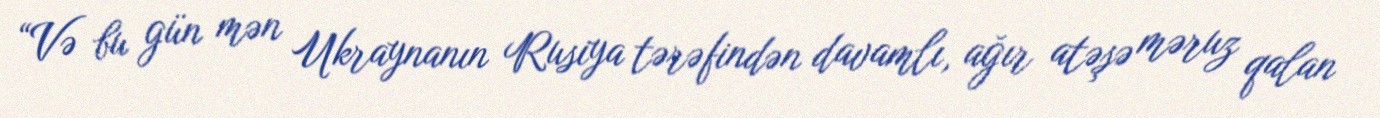
“Və bu gün mən Ukraynanın Rusiya tərəfindən davamlı, ağır atəşə məruz qalan